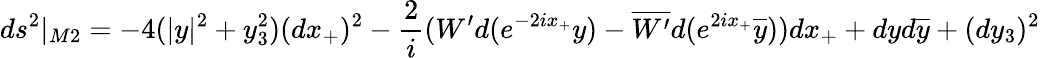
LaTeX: ds^{2}|_{M2}=-4(|y|^{2}+y_{3}^{2})(dx_{+})^{2}-{\frac{2}{i}}(W^{\prime}d(e^{-2ix_{+}}y)-\overline{{{W^{\prime}}}}d(e^{2ix_{+}}\overline{{{y}}}))dx_{+}+dyd\overline{{{y}}}+(dy_{3})^{2}